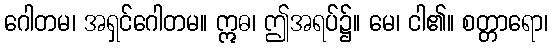
ဂေါတမ၊ အရှင်ဂေါတမ။ ဣဓ၊ ဤအရပ်၌။ မေ၊ ငါ၏။ စတ္တာရော၊